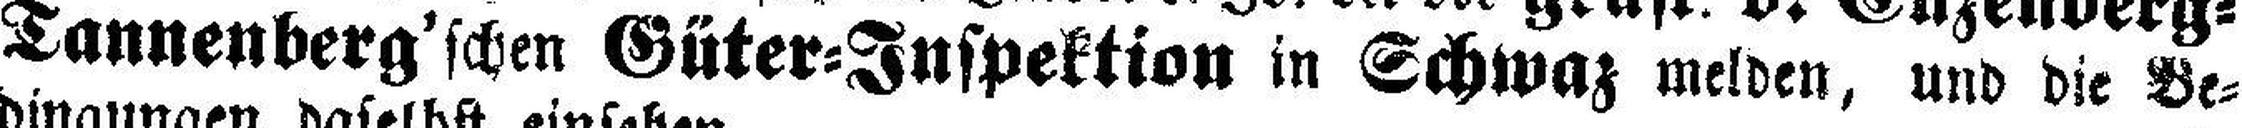
Tannenberg'schen Güter=Inspektion in Schwaz melden, und die Be¬